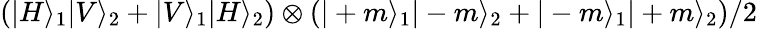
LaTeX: \left(|H\rangle_{1}|V\rangle_{2}+|V\rangle_{1}|H\rangle_{2}\right)\otimes\left(|+m\rangle_{1}|-m\rangle_{2}+|-m\rangle_{1}|+m\rangle_{2}\right)/2